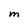
Character: m